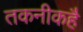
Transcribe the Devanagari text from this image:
तकनीकहै